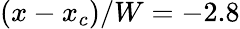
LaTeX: (x-x_{c})/W=-2.8